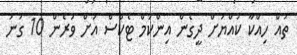
ތައް ހިއްކާ ކުއްޔަށް ދީގެން އިންކަމް ޓެކްސް އަށް ވުރެން 10 ގުނަ